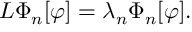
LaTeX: { \cal L } \Phi _ { n } [ \varphi ] = \lambda _ { n } \Phi _ { n } [ \varphi ] .